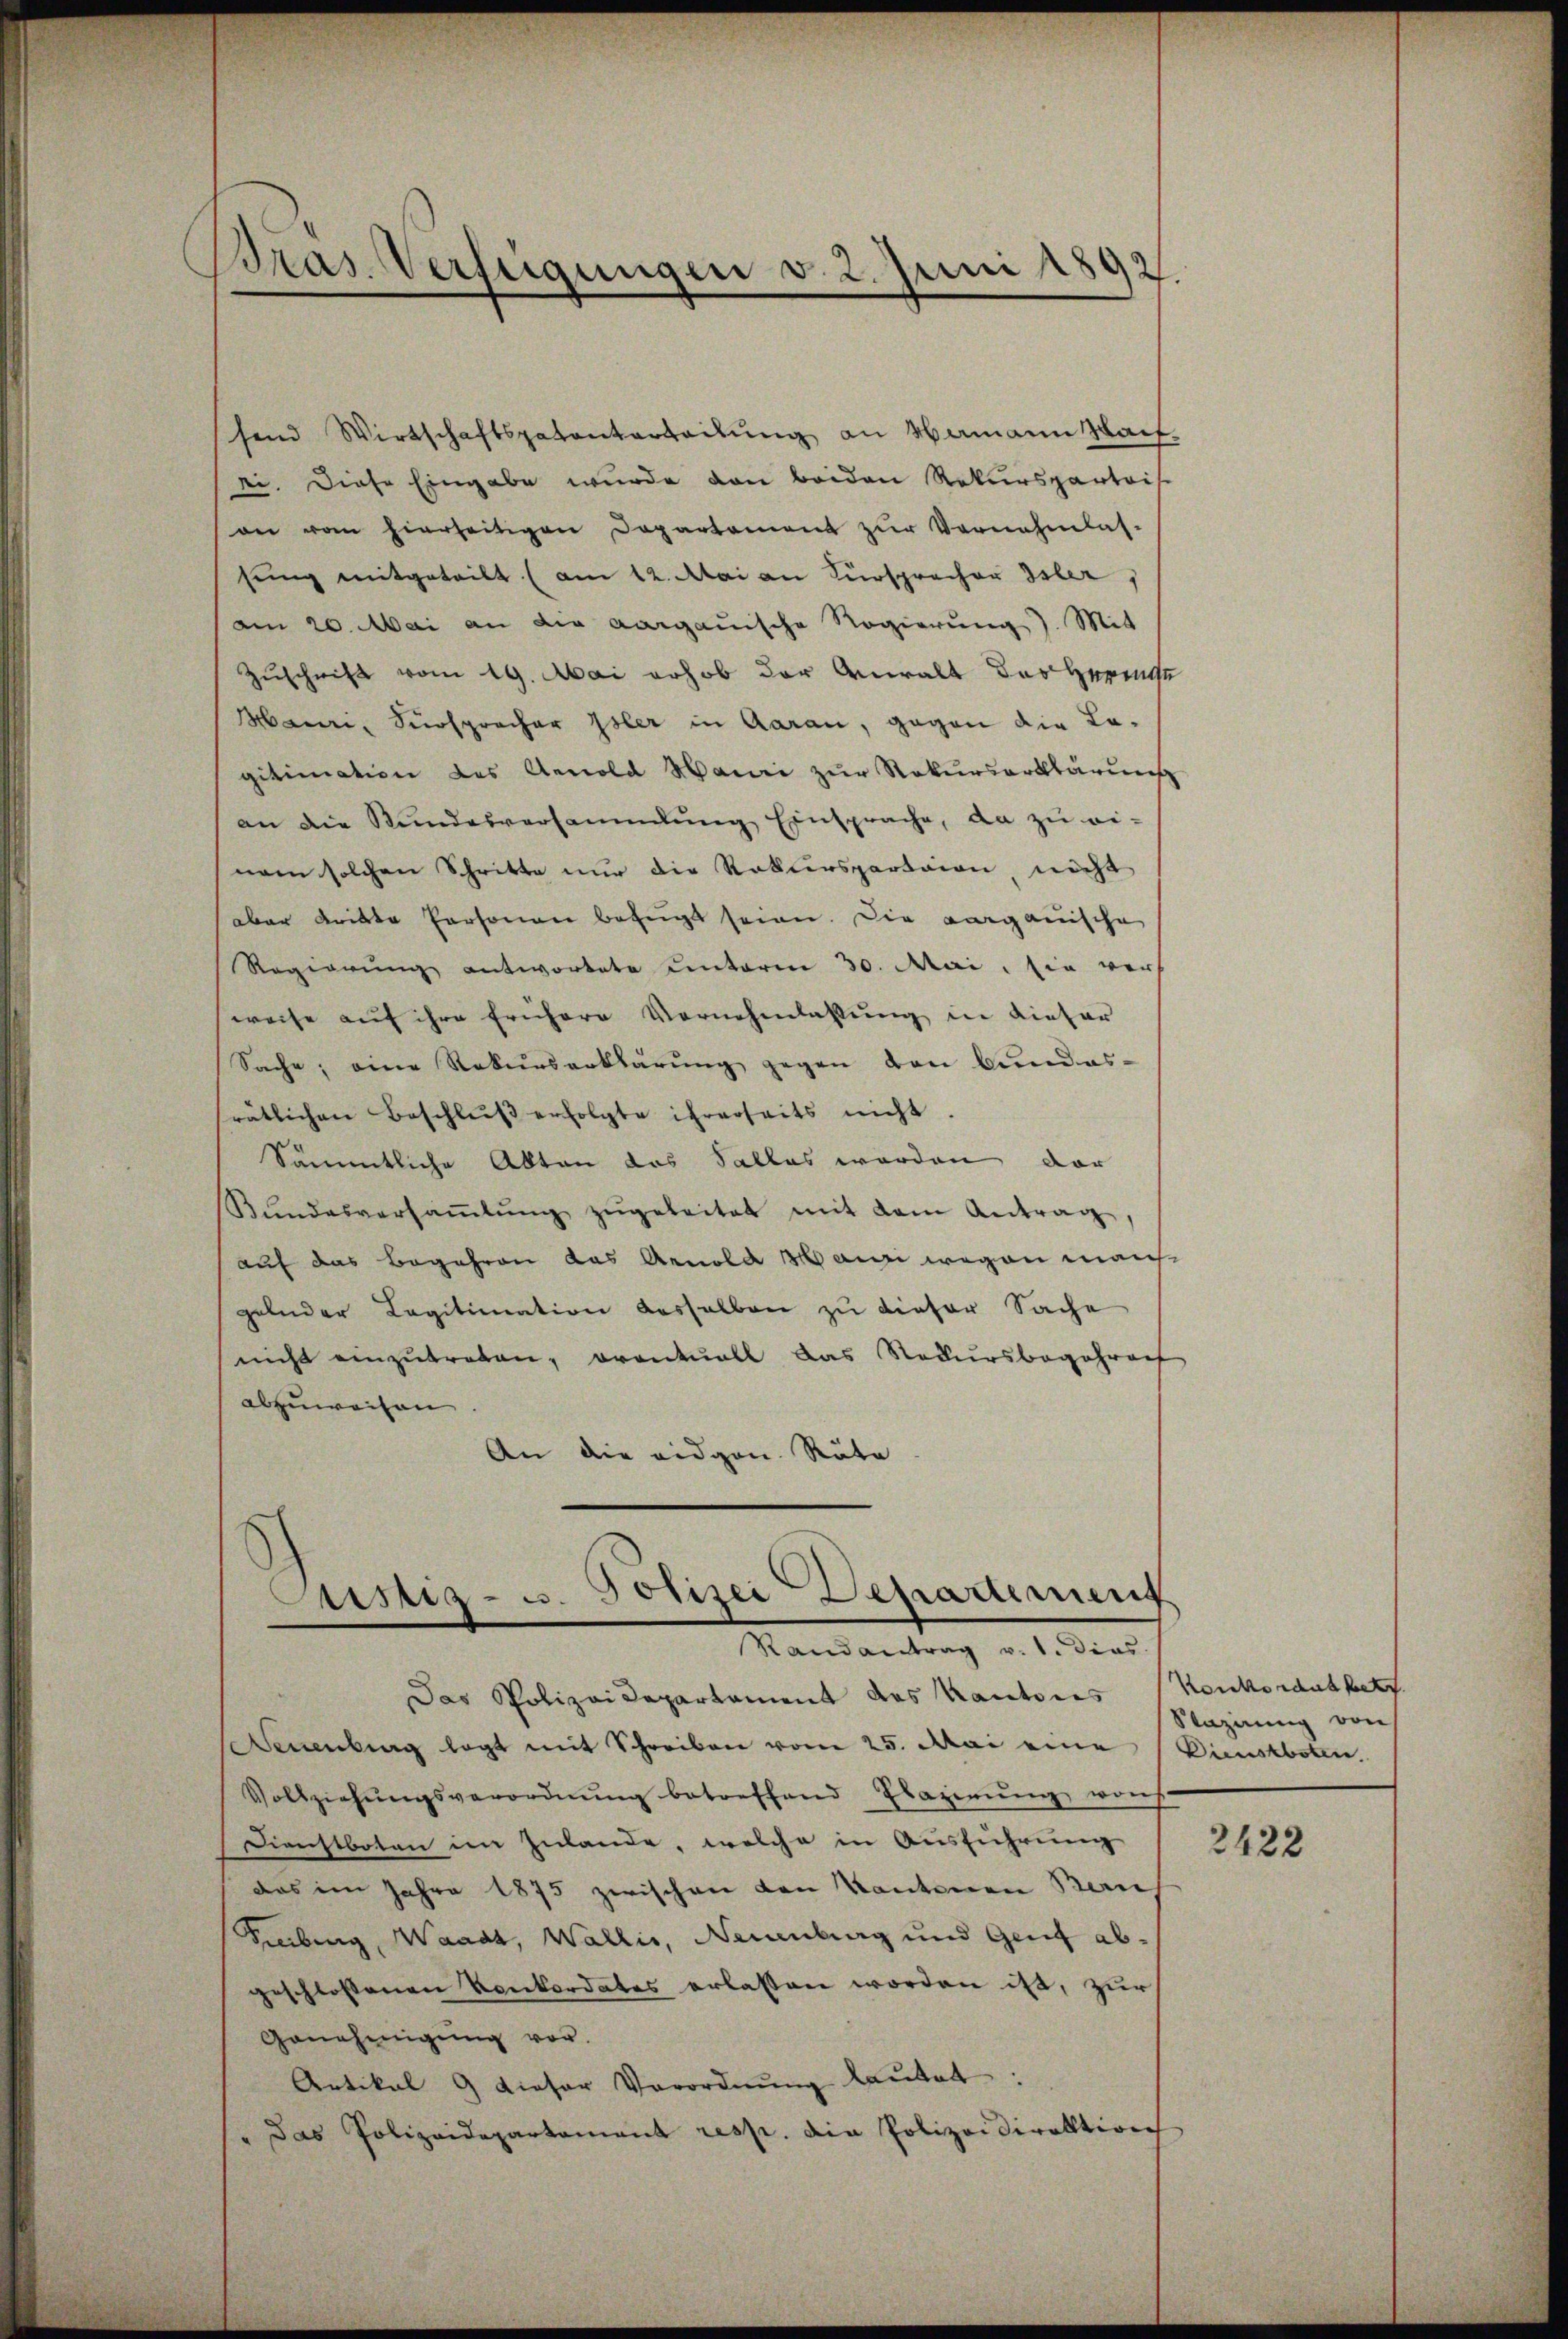
Bras Verfügungen v. 2. Juni 1892.

send Wirtschaftspatenterteilŭng an Mamann Sach
ei. Diese Eingabe wurde von beiden Rekursparteis
an vom hierseitigen Departement zŭr Vernehmlas-
sŭng mitgeteilt (am 12. Mai an Fürspracher Isler,
am 20. Mai an die aargauische Regierung). Mit
Zuschrift vom 19. Mai erhob der Anwalt des Herrnge
Mauri, Fürsprecher Isler in Aarau, gegen die Lagitimation des Arnold Mauri zur Rekurserklärung
an die Stŭndesversammlung Einsprache, da zŭ ei-
nem solchen Schritte nur die Rekurspartaion, nicht
aber dritte Personen befugt seien. Die aargauische
Regierŭng antwortete unterm 30. Mai, in vers
weise auf ihre frühere Vornehmlassung in Lieber
Sache, eine Rekurserklärŭng gegen den Bŭndes-
rätlichen Beschlŭβ erfolgte ihrerseits nicht
Sämmtliche Abten das Salles worden dar
Bŭndesversaṁlŭng zŭgeleitet mit dem Antrag
auf das Begehren das Arnold Manni wegen manch
gelnder Legitimation desselben zu dieser Sache
nicht einzutreten, eventuell das Rekursbegehrenf
abzuweisen
An die eidgen. Räte

Justiz- u. Polizei-Departement
Randantrag v. 1. dies

Das Polizeidepartament des Kantores Konkordat betr.
Neuenburg legt mit Schreiben vom 25. Mai eine (Dienstboten,
Vollziehŭngsverordnung betreffend Elazirung wurch
Dienstboten im Zulande, welche in Ausführung
Das im Jahre 1875 zwischen von Kantonen Bau
Sebung, Waadt, Wallis, Neuenburg und Genf abgeschlossenen Konkordates erlassen worden ist, zur
Genehmigung vor.
Artikal 9 dieser Verordnŭng lautet:
" Das Polizeidepartament resp. die Polizeidirektion

Sazirung von

2422